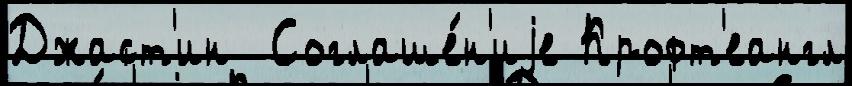
Джаст'ин  Соглаше́н'иjе Крофт'еангл